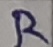
Text: R